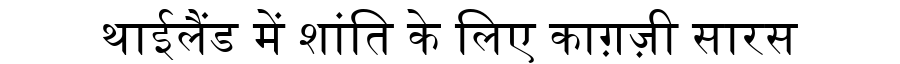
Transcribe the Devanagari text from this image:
थाईलैंड में शांति के लिए काग़ज़ी सारस